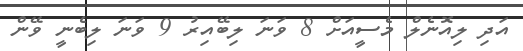
އަދި ލިއޮނެލް މެސީއަށް 8 ވަނަ ލިބޭއިރު 9 ވަނަ ލިބެނީ ވޭން